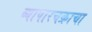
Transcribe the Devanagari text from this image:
व्यापारचक्राचा